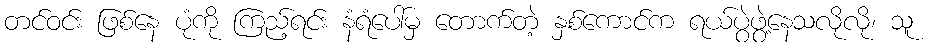
တင်ဝင်း ဖြစ်နေ ပုံကို ကြည့်ရင်း နံရံပေါ်မှ တောက်တဲ့ နှစ်ကောင်က ရယ်ပွဲဖွဲ့နေသလိုလို၊ သူ